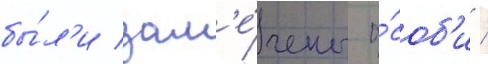
бы́л'и зам'е́чены о́соб'и /